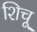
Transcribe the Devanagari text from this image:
शिचू